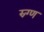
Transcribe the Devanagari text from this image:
स्र्ग्ण